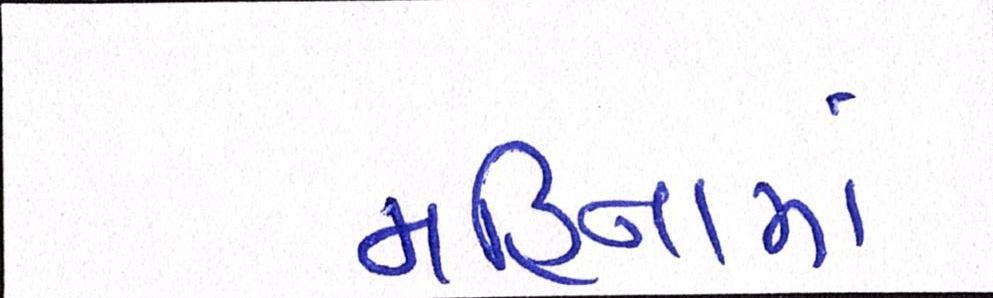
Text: મહિનામાં